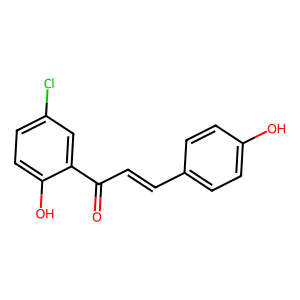
SMILES: O=C(C=Cc1ccc(O)cc1)c1cc(Cl)ccc1O
Inhibits HIV replication: No